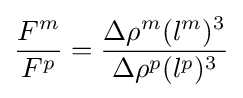
{\frac {F^{m}}{F^{p}}}={\frac {\Delta \rho ^{m}(l^{m})^{3}}{\Delta \rho ^{p}(l^{p})^{3}}}